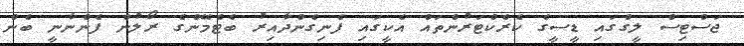
ޖަސްޓިސް ލީގްގައި ޑީސީގެ ކެރެކްޓަރުންތައް އެކީގައި ފެނިގެންދާއިރު ބެޓްމޭންގެ ރޯލުން ފެންނާނީ ބެން